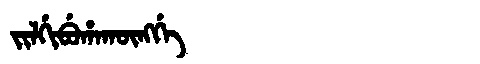
Manchu: ᠵᡳᠯᡤᡳᠪᡠᡥᠠᡴᡡᠩᡤᡝ
Romanization: JILGIBUHAKŪNGGE